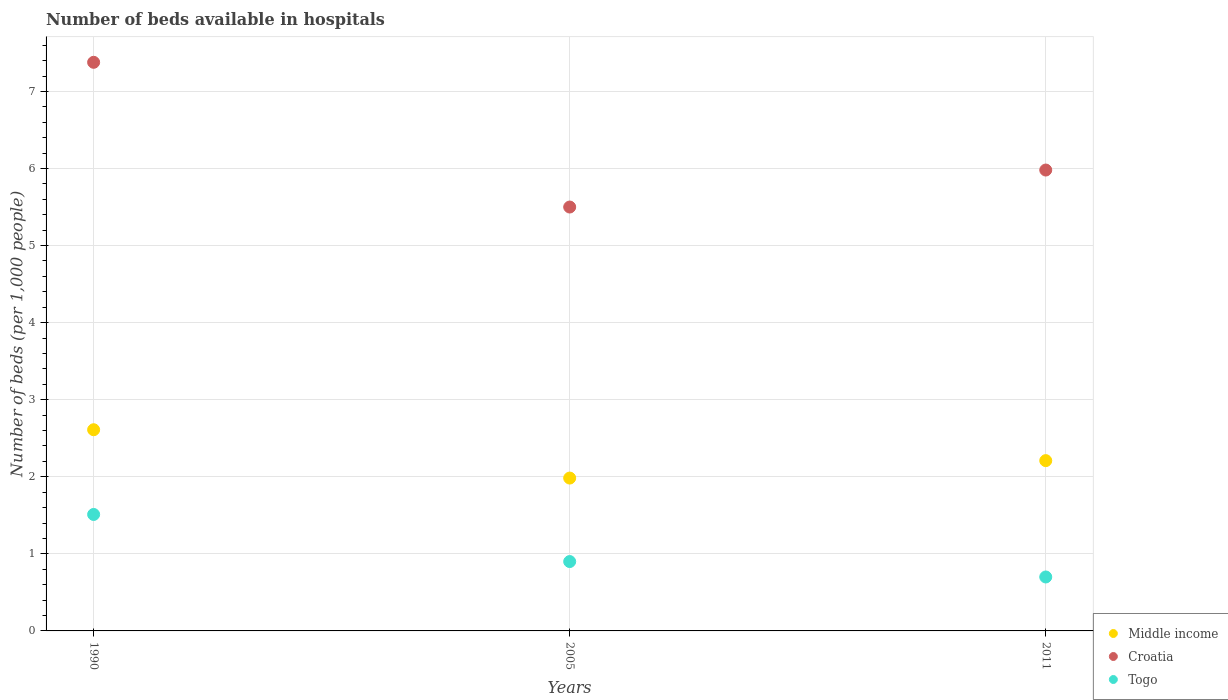
| Years | Middle income | Croatia | Togo |
 | --- | --- | --- | --- |
 | 1990 | 2.61 | 7.38 | 1.51 |
 | 2005 | 1.98 | 5.5 | 0.9 |
 | 2011 | 2.21 | 5.98 | 0.7 |